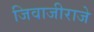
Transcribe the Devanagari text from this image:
जिवाजीराजे